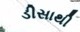
ડીસાથી